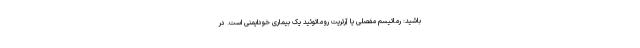
باشید: رماتیسم مفصلی یا آرتریت روماتوئید یک بیماری خودایمنی است. در